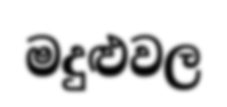
මදුළුවල